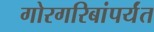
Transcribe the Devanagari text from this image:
गोरगरिबांपर्यंत